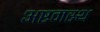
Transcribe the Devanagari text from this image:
अष्टमस्थ